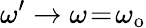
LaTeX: \omega^{\prime}\rightarrow\omega\! =\! \omega_{\mathrm{o}}